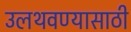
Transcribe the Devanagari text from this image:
उलथवण्यासाठी